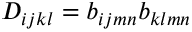
D _ { i j k l } = b _ { i j m n } b _ { k l m n }